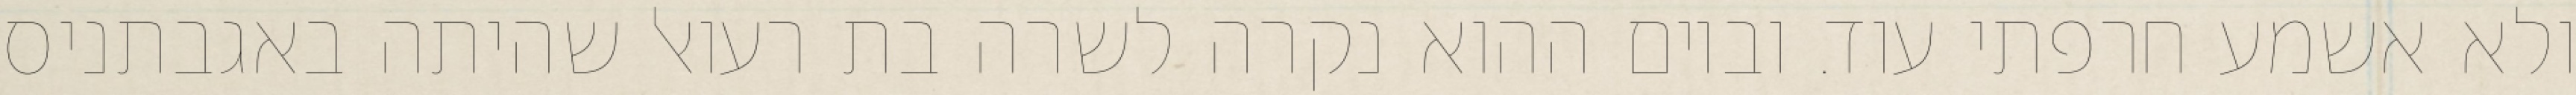
ולא אשמע חרפתי עוד. וביום ההוא נקרה לשרה בת רעואל שהיתה באגבתניס